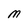
Character: M